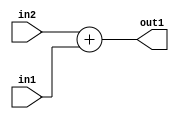
`timescale 1ps / 1ps
/*****************************************************************************
    Verilog RTL Description
    
    
    Created by: Stratus DpOpt 2019.1.01 
*******************************************************************************/

module avg_pool_Add_33Ux33U_33U_1 (
	in2,
	in1,
	out1
	); /* architecture "behavioural" */ 
input [32:0] in2,
	in1;
output [32:0] out1;
wire [32:0] asc001;

assign asc001 = 
	+(in2)
	+(in1);

assign out1 = asc001;
endmodule

/* CADENCE  urj2SQk= : u9/ySgnWtBlWxVPRXgAZ4Og= ** DO NOT EDIT THIS LINE ******/